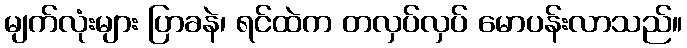
မျက်လုံးများ ပြာခနဲ၊ ရင်ထဲက တလှပ်လှပ် မောပန်းလာသည်။